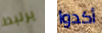
يرتبط أكدوا